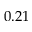
0 . 2 1